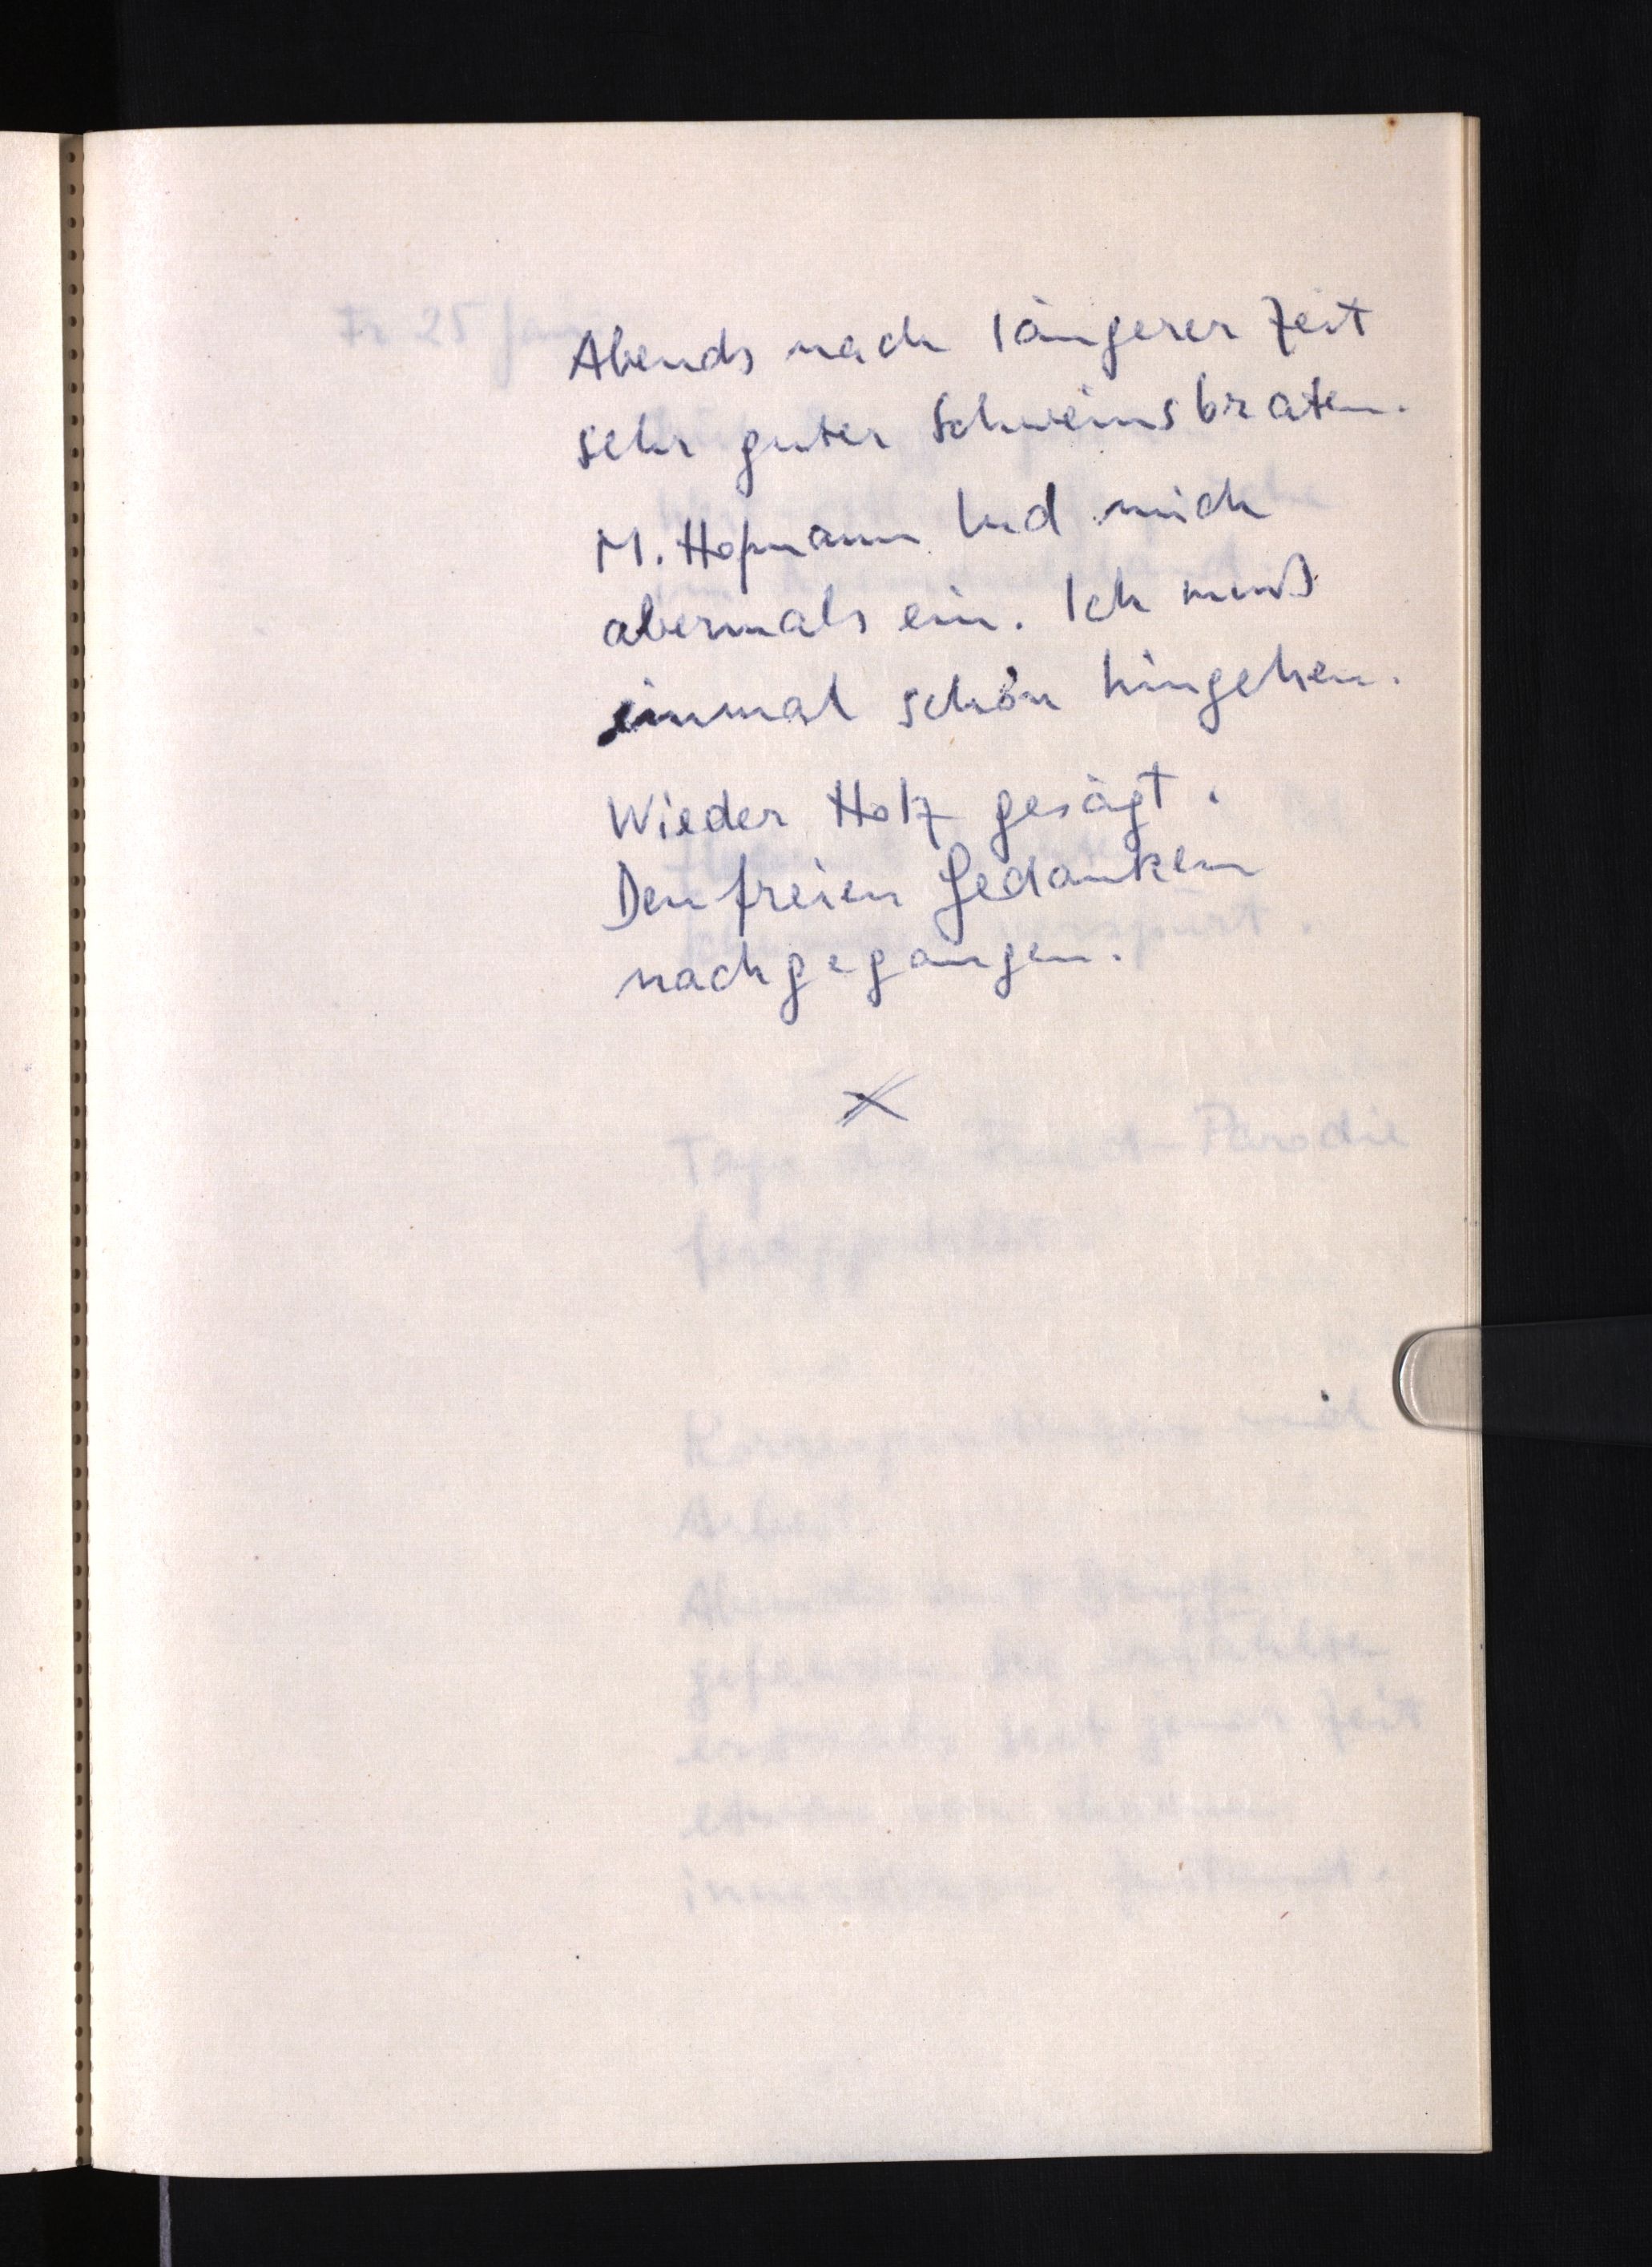
Abends nach längerer Zeit
sehr guter Schweinsbraten.
M. Hofmann lud mich
abermals ein. Ich muß
einmal schon hingehen.
Wieder Holz gesägt.
Den freien Gedanken
nachgegangen.